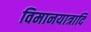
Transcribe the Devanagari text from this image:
विमानयात्रादि